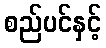
စည်ပင်နှင့်